Report on sanitation, dispensaries, and jails in Rajputana for 1910, and on vaccination for the year 1910-1911 - 1910-1911
Year: 1910
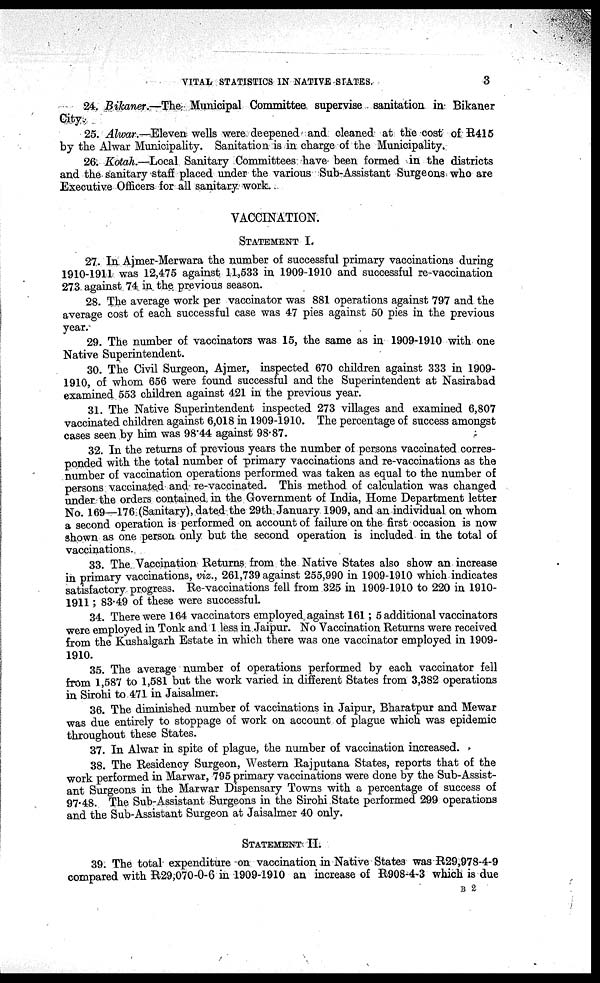
VITAL STATISTICS IN NATIVE-STATES.
3
24. Bikaner.—The Municipal Committee supervise sanitation in Bikaner
City.
25. Alwar.—Eleven wells were deepened and cleaned at the cost of R415
by the Alwar Municipality. Sanitation is in charge of the Municipality.
26. Kotah.—Local Sanitary Committees have been formed in the districts
and the sanitary staff placed under the various Sub-Assistant Surgeons who are
Executive Officers for all sanitary work.
VACCINATION.
STATEMENT I.
27 In Ajmer-Merwara the number of successful primary vaccinations during
1910-1911 was 12,475 against 11,533 in 1909-1910 and successful re-vaccination
273 against 74 in the previous season.
28. The average work per vaccinator was 881 operations against 797 and the
average cost of each successful case was 47 pies against 50 pies in the previous
year.
29. The number of vaccinators was 15, the same as in 1909-1910 with one
Native Superintendent.
30. The Civil Surgeon, Ajmer, inspected 670 children against 333 in 1909-
1910, of whom 656 were found successful and the Superintendent at Nasirabad
examined 553 children against 421 in the previous year.
31. The Native Superintendent inspected 273 villages and examined 6,807
vaccinated children against 6,018 in 1909-1910. The percentage of success amongst
cases seen by him was 98.44 against 98.87.
32. In the returns of previous years the number of persons vaccinated corres-
ponded with the total number of primary vaccinations and re-vaccinations as the
number of vaccination operations performed was taken as equal to the number of
persons vaccinated and re-vaccinated. This method of calculation was changed
under the orders contained in the Government of India, Home Department letter
No. 169—176 (Sanitary), dated the 29th January 1909, and an individual on whom
a second operation is performed on account of failure on the first occasion is now
shown as one person only but the second operation is included in the total of
vaccinations.
33. The Vaccination Returns from the Native States also show an increase
in primary vaccinations, viz., 261,739 against 255,990 in 1909-1910 which indicates
satisfactory progress. Re-vaccinations fell from 325 in 1909-1910 to 220 in 1910-
1911; 83.49 of these were successful.
34. There were 164 vaccinators employed against 161; 5 additional vaccinators
were employed in Tonk and 1 less in Jaipur. No Vaccination Returns were received
from the Kushalgarh Estate in which there was one vaccinator employed in 1909-
1910.
35. The average number of operations performed by each vaccinator fell
from 1,587 to 1,581 but the work varied in different States from 3,382 operations
in Sirohi to 471 in Jaisalmer.
36. The diminished number of vaccinations in Jaipur, Bharatpur and Mewar
was due entirely to stoppage of work on account of plague which was epidemic
throughout these States.
37. In Alwar in spite of plague, the number of vaccination increased.
38. The Residency Surgeon, Western Rajputana States, reports that of the
work performed in Marwar, 795 primary vaccinations were done by the Sub-Assist-
ant Surgeons in the Marwar Dispensary Towns with a percentage of success of
97.48. The Sub-Assistant Surgeons in the Sirohi State performed 299 operations
and the Sub-Assistant Surgeon at Jaisalmer 40 only.
STATEMENT II
39. The total expenditure on vaccination in Native States was R29,978-4-9
compared with R29,070-0-6 in 1909-1910 an increase of R908-4-3 which is due
B 2